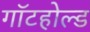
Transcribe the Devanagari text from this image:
गॉटहोल्ड